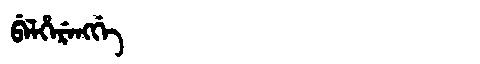
Manchu: ᠪᡝᠯᡥᡝᡵᡝᠩᡤᡝ
Romanization: BELHERENGGE